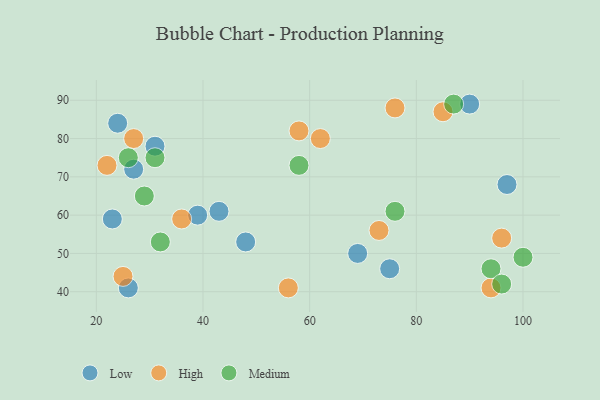
{"axis": {"x": "GDP", "y": "Life Expectancy"}, "legend": ["High", "Low", "Medium"], "data": [{"x": "27", "y": 72, "type": "Low"}, {"x": "23", "y": 59, "type": "Low"}, {"x": "39", "y": 60, "type": "Low"}, {"x": "26", "y": 41, "type": "Low"}, {"x": "75", "y": 46, "type": "Low"}, {"x": "97", "y": 68, "type": "Low"}, {"x": "48", "y": 53, "type": "Low"}, {"x": "43", "y": 61, "type": "Low"}, {"x": "24", "y": 84, "type": "Low"}, {"x": "69", "y": 50, "type": "Low"}, {"x": "31", "y": 78, "type": "Low"}, {"x": "90", "y": 89, "type": "Low"}, {"x": "73", "y": 56, "type": "High"}, {"x": "25", "y": 44, "type": "High"}, {"x": "56", "y": 41, "type": "High"}, {"x": "22", "y": 73, "type": "High"}, {"x": "36", "y": 59, "type": "High"}, {"x": "27", "y": 80, "type": "High"}, {"x": "85", "y": 87, "type": "High"}, {"x": "76", "y": 88, "type": "High"}, {"x": "94", "y": 41, "type": "High"}, {"x": "62", "y": 80, "type": "High"}, {"x": "58", "y": 82, "type": "High"}, {"x": "96", "y": 54, "type": "High"}, {"x": "58", "y": 73, "type": "Medium"}, {"x": "87", "y": 89, "type": "Medium"}, {"x": "76", "y": 61, "type": "Medium"}, {"x": "94", "y": 46, "type": "Medium"}, {"x": "100", "y": 49, "type": "Medium"}, {"x": "32", "y": 53, "type": "Medium"}, {"x": "96", "y": 42, "type": "Medium"}, {"x": "26", "y": 75, "type": "Medium"}, {"x": "29", "y": 65, "type": "Medium"}, {"x": "31", "y": 75, "type": "Medium"}]}